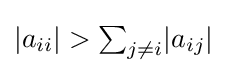
|a_{ii}|>\textstyle {\sum _{j\neq i}}|a_{ij}|